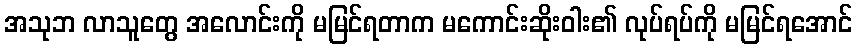
အသုဘ လာသူတွေ အလောင်းကို မမြင်ရတာက မကောင်းဆိုးဝါး၏ လုပ်ရပ်ကို မမြင်ရအောင်